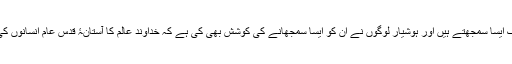
اس غلط گمان کی وجہ سے یہ لوگ ایسا سمجھتے ہیں اور ہوشیار لوگوں نے ان کو ایسا سمجھانے کی کوشش بھی کی ہے کہ خداوند عالم کا آستانۂ قدس عام انسانوں کی دست رس سے بہت ہی دور ہے۔